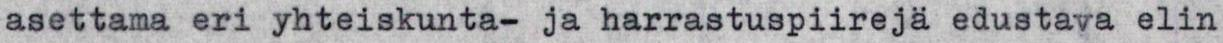
asettama eri yhteiskunta- ja harrastuspiirejä edustava elin